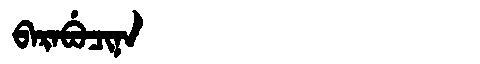
Manchu: ᠪᠠᡵᠠᠪᡠᠴᡳᠨᠠ
Romanization: BARABUCINA